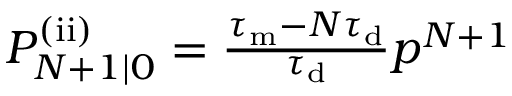
\begin{array} { r } { P _ { N + 1 | 0 } ^ { \mathrm { ( i i ) } } = \frac { \tau _ { \mathrm { m } } - N \tau _ { \mathrm { d } } } { \tau _ { \mathrm { d } } } p ^ { N + 1 } } \end{array}